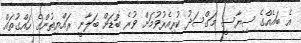
އެ ބައެއްގެ ސިޔާސީ މަގްސަދު ކުރިއެރުވުމަށް ވުރެ ބޮޑަށް ބަލާނީ ރައްޔިތުންގެ ހައްގުތައް